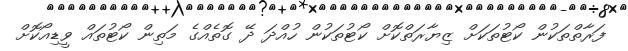
ފަރާތްތަކުން ކޯޓުތަކަށް ޒިޔާރަތްކޮށް ކޯޓުތަކުން ހުއްދަ ދޭ ގޮތެއްގެ މަތިން ކޯޓުތައް ވީޑިއޯކޮށް